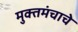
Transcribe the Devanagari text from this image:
मुक्तमंचाचे